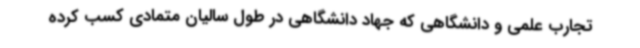
تجارب علمی و دانشگاهی که جهاد دانشگاهی در طول سالیان متمادی کسب کرده